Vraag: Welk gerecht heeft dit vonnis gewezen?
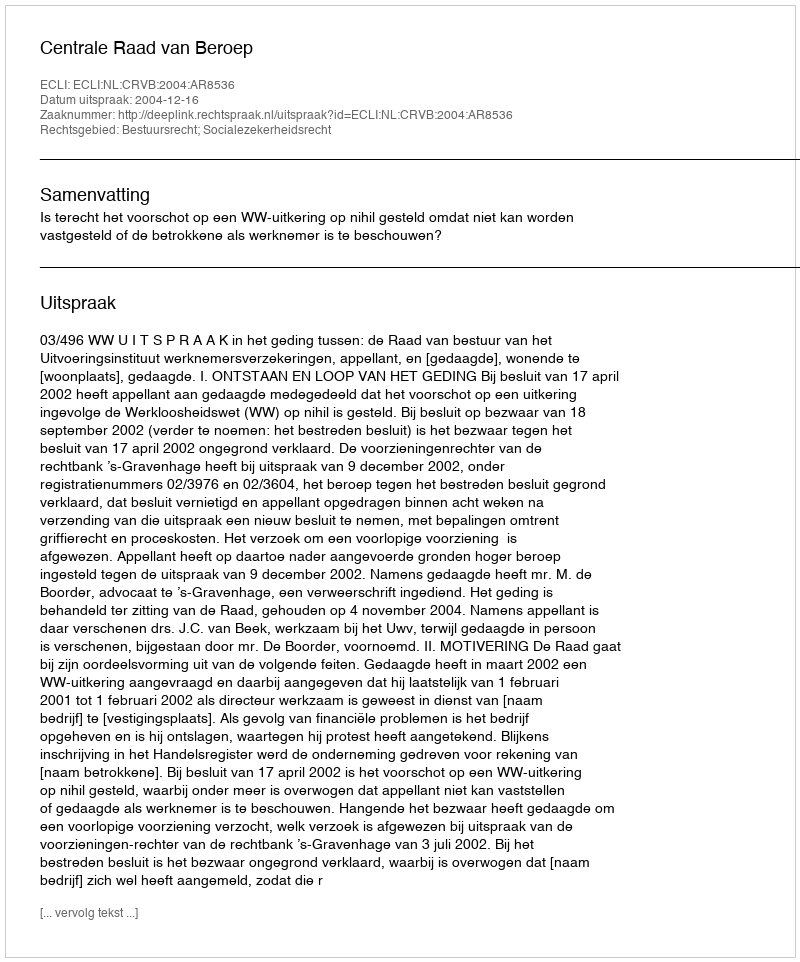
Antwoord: Centrale Raad van Beroep